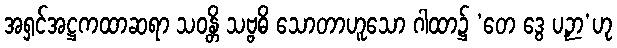
အရှင်အဋ္ဌကထာဆရာ သဝန္တိ သဗ္ဗဓိ သောတာဟူသော ဂါထာ၌ ‘တေ ဒွေ ပဉှာ’ဟု